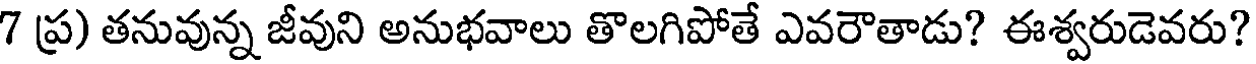
7 ప్ర) తనువున్న జీవుని అనుభవాలు తొలగిపోతే ఎవరౌతాడు? ఈశ్వరుడెవరు?